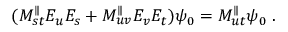
( M _ { s t } ^ { \parallel } E _ { u } E _ { s } + M _ { u v } ^ { \parallel } E _ { v } E _ { t } ) \psi _ { 0 } = M _ { u t } ^ { \parallel } \psi _ { 0 } \; .